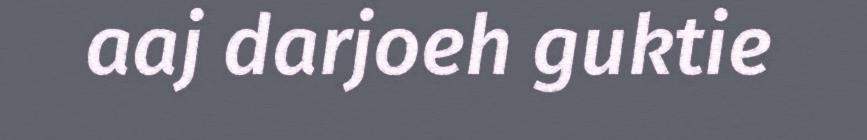
aaj darjoeh guktie